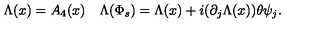
\Lambda ( x ) = A _ { 4 } ( x ) \quad \Lambda ( \Phi _ { s } ) = \Lambda ( x ) + i ( \partial _ { j } \Lambda ( x ) ) \theta \psi _ { j } .